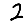
Digit: 2